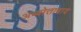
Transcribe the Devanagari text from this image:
अब्बोत्ताबाद